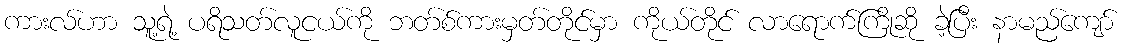
ကားလ်ဟာ သူ့ရဲ့ ပရိသတ်လူငယ်ကို ဘတ်စ်ကားမှတ်တိုင်မှာ ကိုယ်တိုင် လာရောက်ကြိုဆို ခဲ့ပြီး နာမည်ကျော်